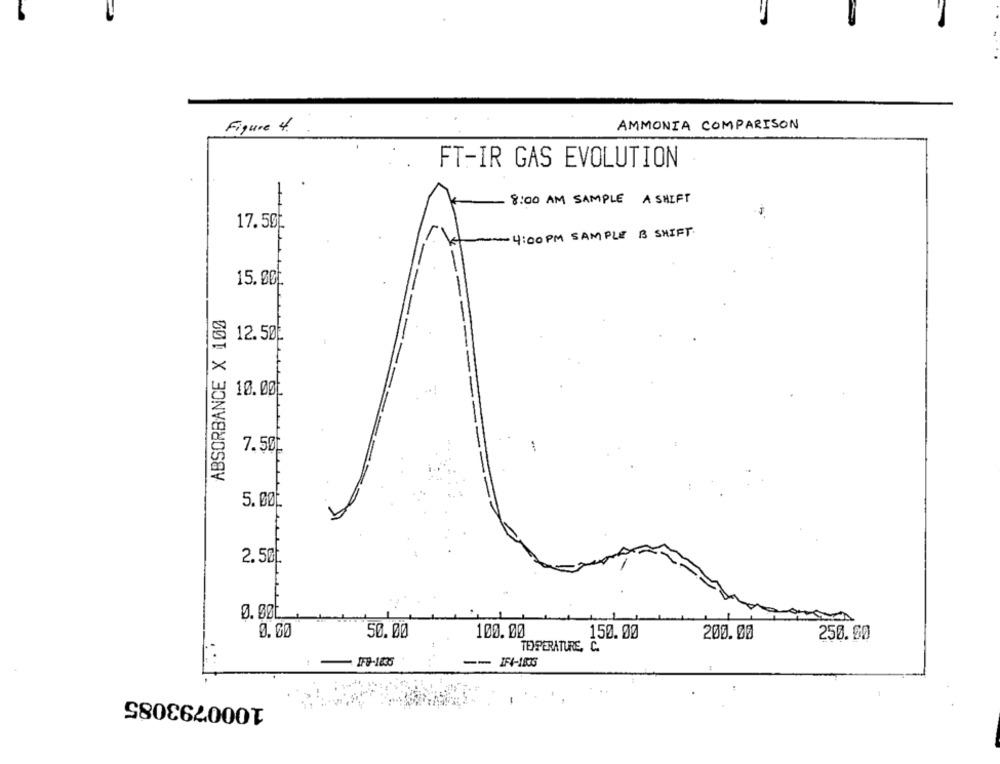
Figure 4.
AMMONIA COMPARISON
FT-IR GAS EVOLUTION
8:00 AM SAMPLE A SHIFT
17.50
-4:00 PM SAMPLE B SHIFT.
15.00
ABSORBANCE X 100
12.50
! 10.00
7.50
5. 00
2.50
0. 00
0.00
50.00
100.00
150.00
200.00
250.00
TEMPERATURE, C.
IF9-1835
1000793085